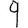
Digit: 9